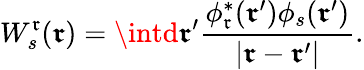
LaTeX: W_{s}^{\mathfrak{r}}(\boldsymbol{\mathfrak{r}})=\intd\boldsymbol{\mathfrak{r}}^{\prime}\frac{{\phi_{\mathfrak{r}}^{*}(\boldsymbol{\mathfrak{r}}^{\prime})\phi_{s}(\boldsymbol{\mathfrak{r}}^{\prime})}}{{|\boldsymbol{\mathfrak{r}}-\boldsymbol{\mathfrak{r}}^{\prime}|}}.